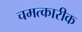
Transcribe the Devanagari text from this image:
चमत्कारीक